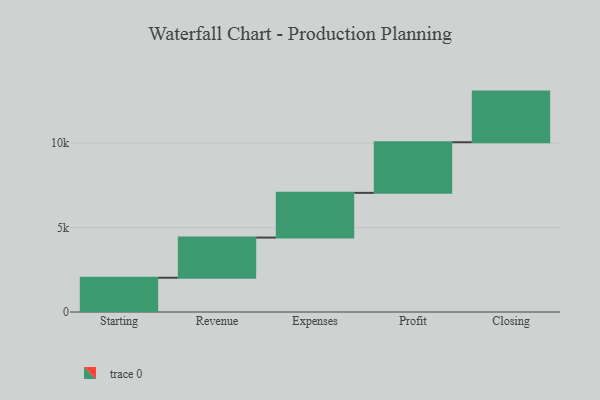
{"axis": {"x": "Step", "y": "Value"}, "legend": [""], "data": [{"x": "Starting", "y": 2030.0, "type": ""}, {"x": "Revenue", "y": 2380.0, "type": ""}, {"x": "Expenses", "y": 2650.0, "type": ""}, {"x": "Profit", "y": 3000, "type": ""}, {"x": "Closing", "y": 3000, "type": ""}]}